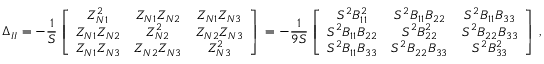
\Delta _ { I I } = - \frac { 1 } { S } \left[ \begin{array} { c c c } { Z _ { N 1 } ^ { 2 } } & { Z _ { N 1 } Z _ { N 2 } } & { Z _ { N 1 } Z _ { N 3 } } \\ { Z _ { N 1 } Z _ { N 2 } } & { Z _ { N 2 } ^ { 2 } } & { Z _ { N 2 } Z _ { N 3 } } \\ { Z _ { N 1 } Z _ { N 3 } } & { Z _ { N 2 } Z _ { N 3 } } & { Z _ { N 3 } ^ { 2 } } \end{array} \right] \, = - \frac { 1 } { 9 S } \left[ \begin{array} { c c c } { S ^ { 2 } B _ { 1 1 } ^ { 2 } } & { S ^ { 2 } B _ { 1 1 } B _ { 2 2 } } & { S ^ { 2 } B _ { 1 1 } B _ { 3 3 } } \\ { S ^ { 2 } B _ { 1 1 } B _ { 2 2 } } & { S ^ { 2 } B _ { 2 2 } ^ { 2 } } & { S ^ { 2 } B _ { 2 2 } B _ { 3 3 } } \\ { S ^ { 2 } B _ { 1 1 } B _ { 3 3 } } & { S ^ { 2 } B _ { 2 2 } B _ { 3 3 } } & { S ^ { 2 } B _ { 3 3 } ^ { 2 } } \end{array} \right] \, ,